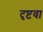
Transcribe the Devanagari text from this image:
दृष्टवा